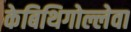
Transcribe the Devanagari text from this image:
केबिथिगोल्लेवा